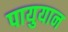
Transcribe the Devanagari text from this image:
पायुयान